V__Kingissepa_nim__kolhoos, lk 80
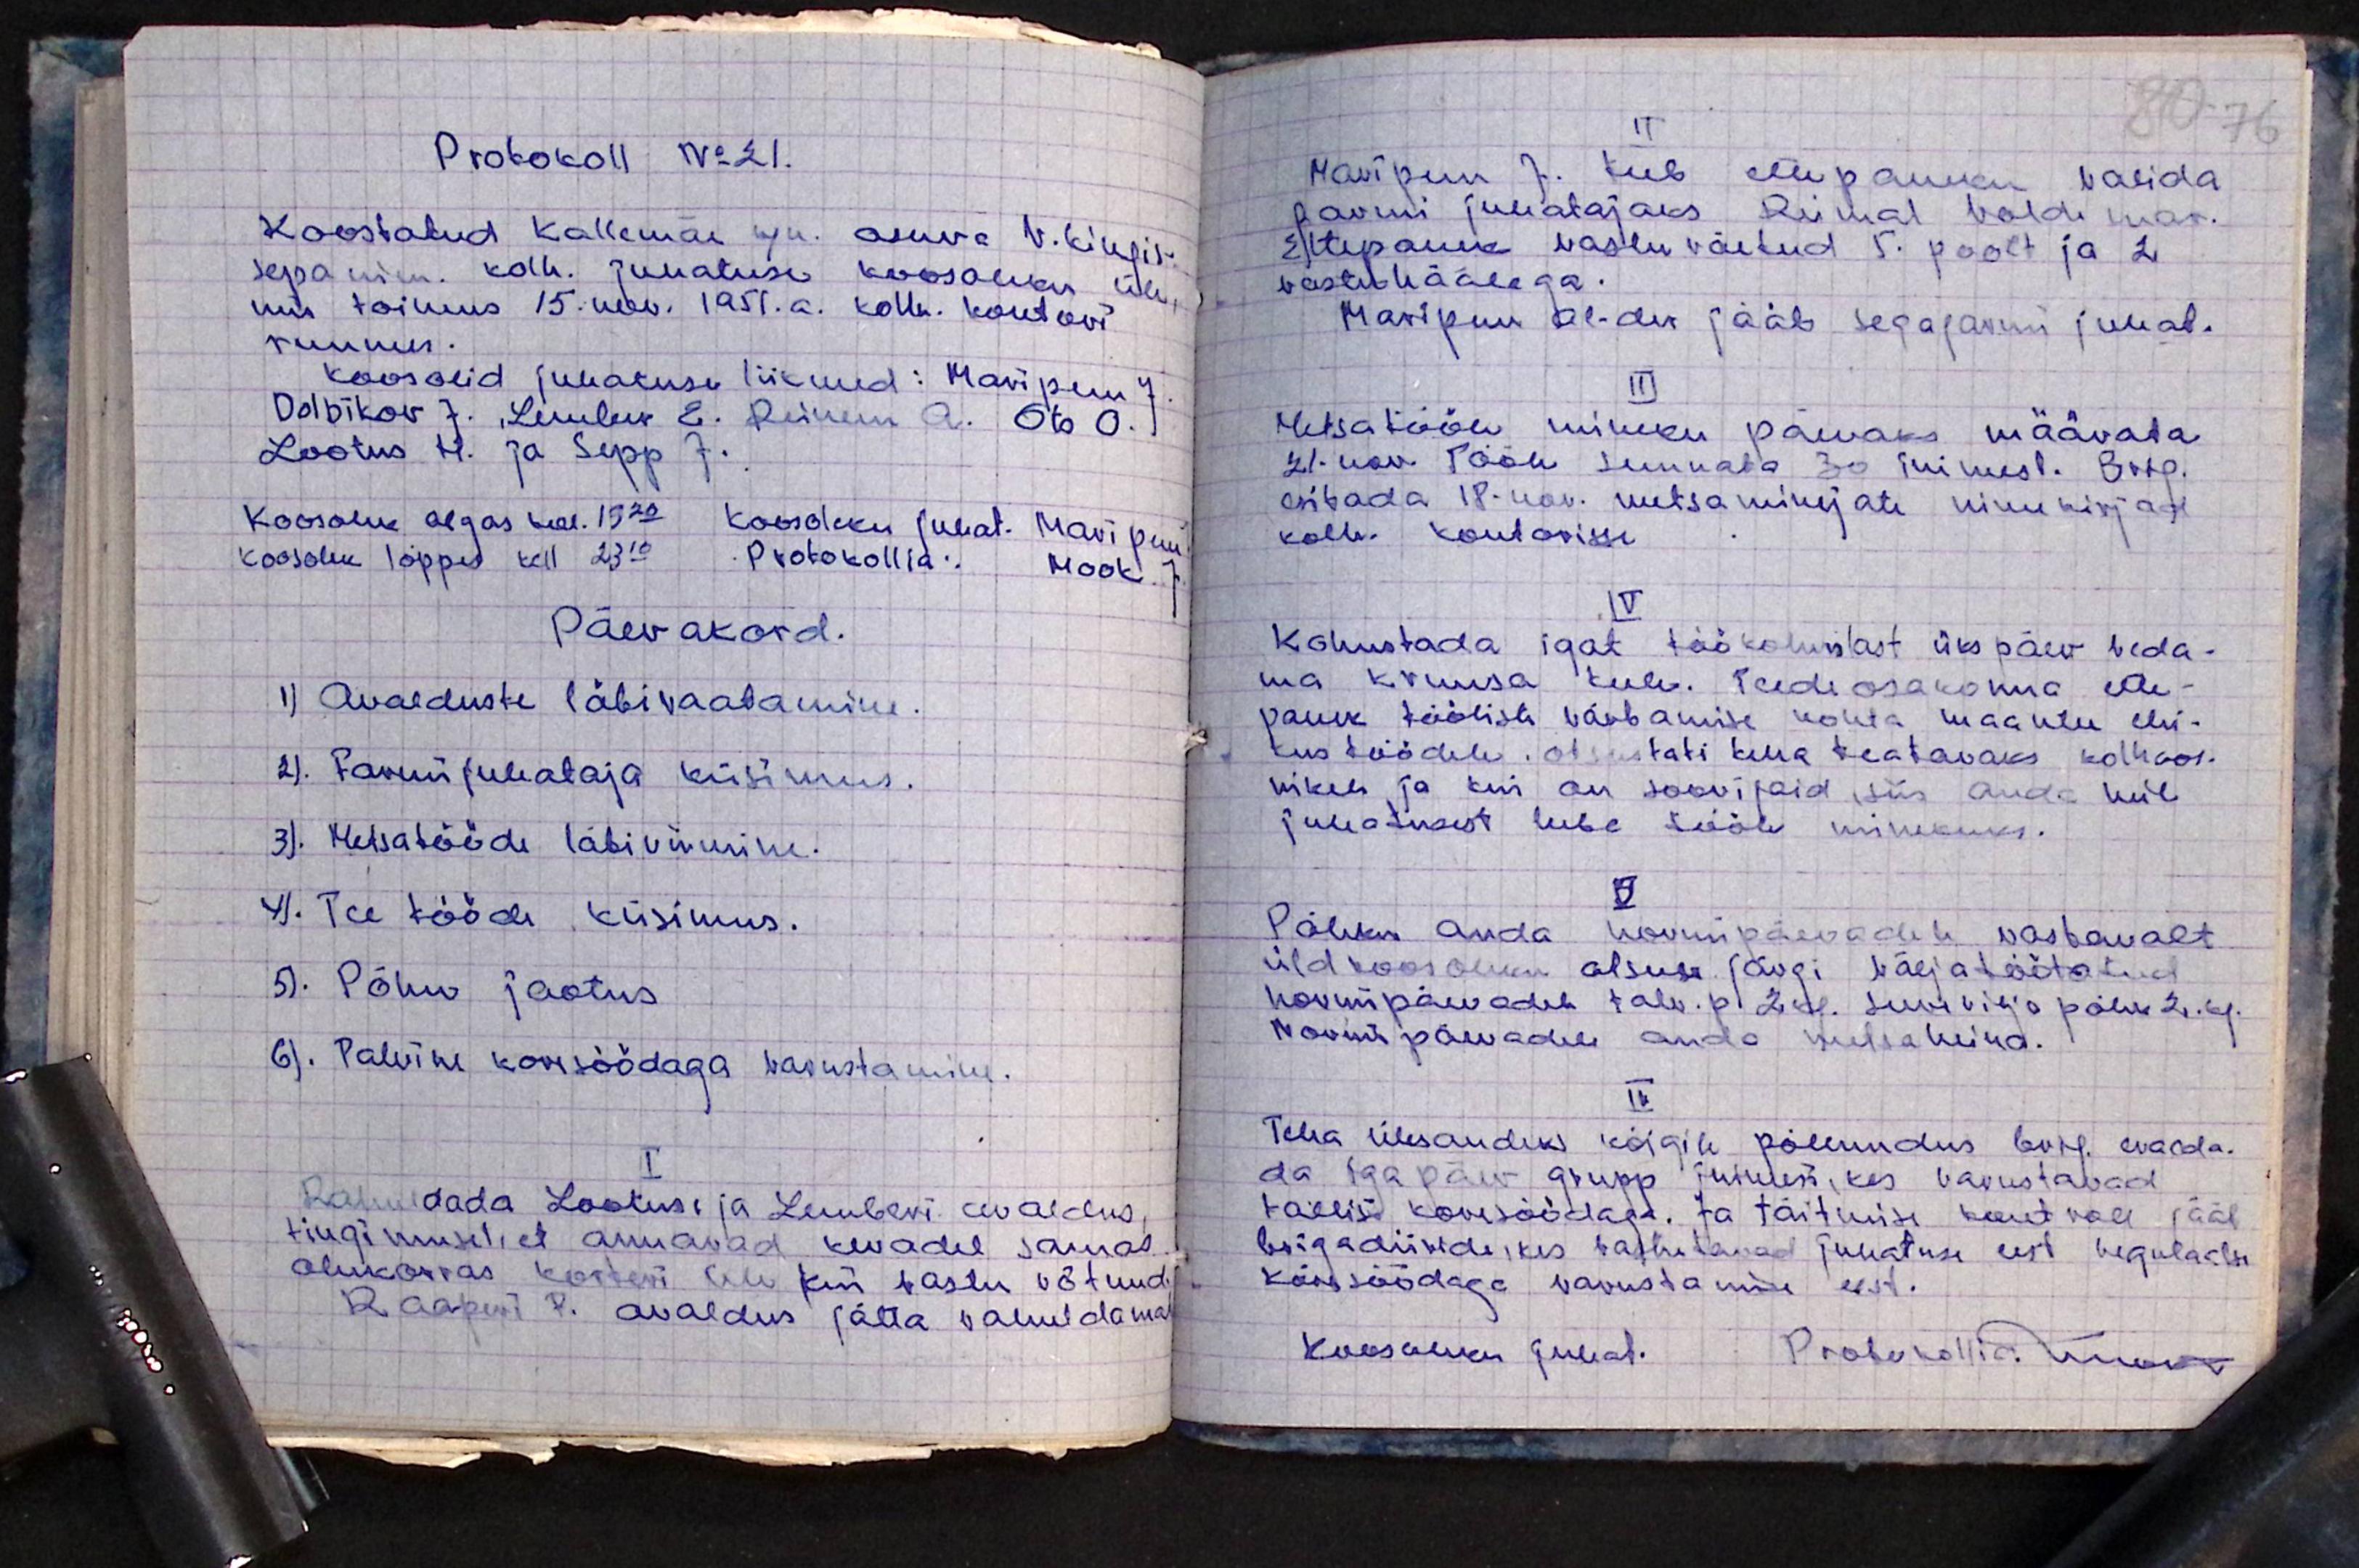
Protokoll No 21.
Koostatud Kallemäe k/n. asuva V. Kingis-
sepa nim. kolh. juhatuse koosoleku üle,
mis toimus 15. nov. 1951.a. kolh. kontori
ruumes.
koos olid juhatuse liikmed: Maripuu J.
Dolbikov J. Lember E. Reinem A. Otto O.
Lootus H. ja Sepp J.
Koosolek algas kell 19.20 koosoleku juhat. Maripuu
koosolek lõppes kell 23.10 Protokollia: Mook J.
Päevakord.
1). Avalduste läbivaatamine.
2). Farmijuhataja küsimus.
3). Metsatööde läbiviimine.
4). Tee tööde küsimus.
5. Põhu jaotus.
6). Talvine karisöödaga varustamine.
Rahuldada Lootusi ja Lemberi avaldus,
tingimusel, et annavad kevadel samas
olukorras korteri üle kui vastu võtnud.
Raapud P. avaldus jätta rahuldamata

II
80 76
Mariipuu J. teeb ettepaneku valida
farmi juhatajaks Reimal Voldemar.
Ettepanek vastu võetud 5. poolt ja 2
vastuhäälega.
Maripuu Al-der jääb segafarmi juhat.
III
Metsatööle mineku päevaks määrata
21. nov. tööle suunata 30 inimest. Brg.
esitada 18-nov. metsa minejate nimekirjast
kolh kontorisse.
IV.
kohustada igat töökohuslast üks päev veda-
ma kruusa teele. Teede osakonna ette-
panek töölisti värbamise kohta maantee ehi-
tus töödele. Otsustati teha teatavaks kolhoos-
nikele ja kui on soovijaid siis anda neil
juhatusest lube tööle minekuks.
V
Põhku anda normipäevadele vastavalt
üldkoosoleku otsuse järgi väljatöötatud
normipäevadele talv. p. 2dal. Suvi vilja põhk 2. Ap.
Normipäevadele anda metsa heina.
VI
Teha ülesandeks kõigile põllundus brig. eralda-
da iga päev grupp juurdes, kes varustavad.
tallisi korisöödaga. Ja täitmise kontroll jääb
brigadiiride, kes vastutavad juhatuse eest reguladi
karisöödaga varustamise eest.
koosoleku juhat. Protokollia linnakv